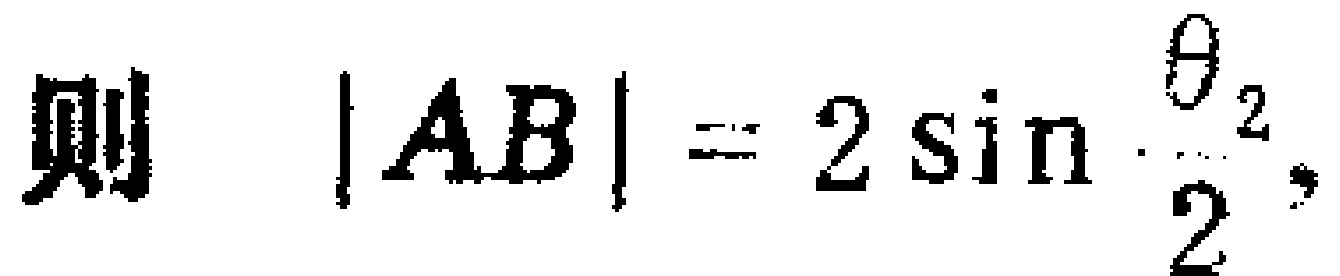
则 \(|AB| = 2\sin\frac{\theta_{2}}{2},\)